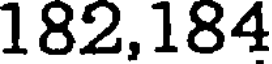
182,184